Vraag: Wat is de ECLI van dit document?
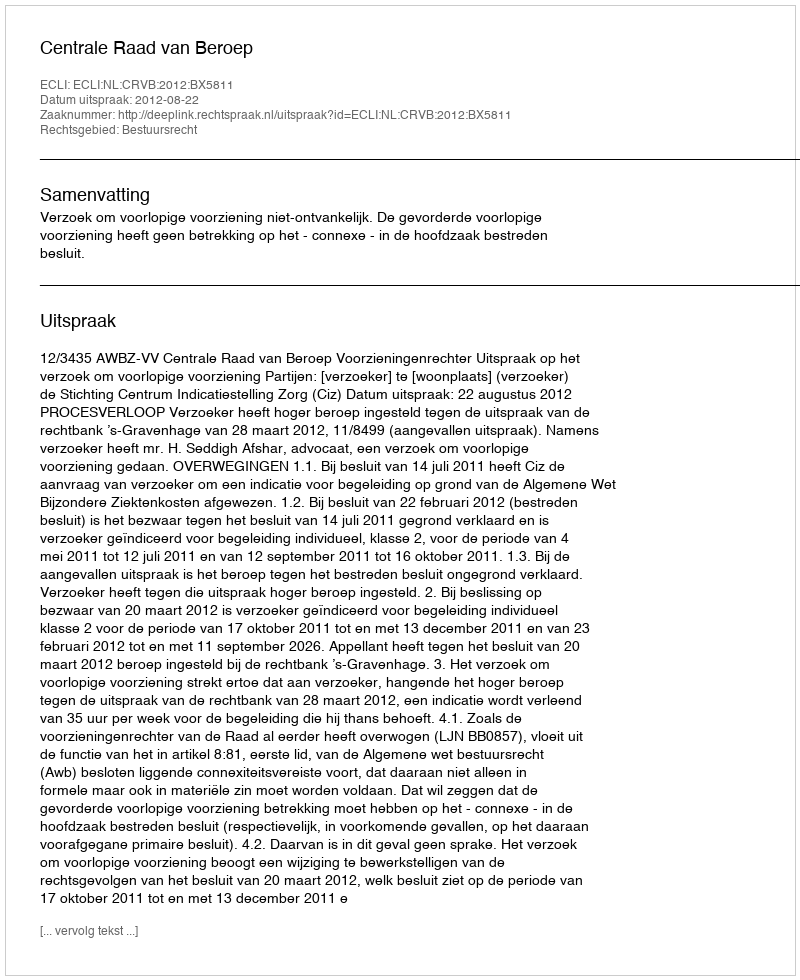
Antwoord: ECLI:NL:CRVB:2012:BX5811